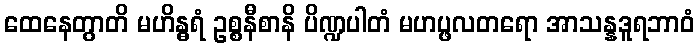
ထေနေတွာတိ မဟိန္ဓရံ ဥစ္စနီစာနိ ပိဏ္ဍပါတံ မဟပ္ဖလတရော အာသန္နဒူရဘာဝံ